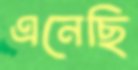
এনেছি